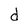
Character: d